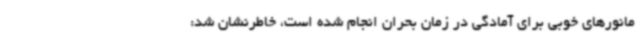
مانورهای خوبی برای آمادگی در زمان بحران انجام شده است، خاطرنشان شد: